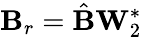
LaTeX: \mathbf{B}_{r}=\hat{\mathbf{B}}\mathbf{W}_{2}^{*}